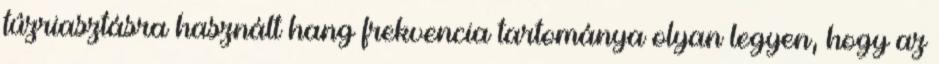
tûzriasztásra használt hang frekvencia tartománya olyan legyen, hogy az